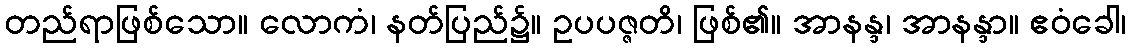
တည်ရာဖြစ်သော။ လောကံ၊ နတ်ပြည်၌။ ဥပပဇ္ဇတိ၊ ဖြစ်၏။ အာနန္ဒ၊ အာနန္ဒာ။ ဧဝံခေါ၊